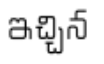
ఇచ్చిన